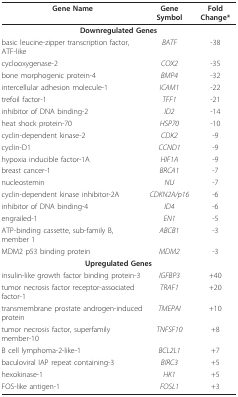
| Gene Name | Gene Symbol | Fold Change* |
 | --- | --- | --- |
 | <COLSPAN=3> Downregulated Genes |
 | basic leucine-zipper transcription factor, ATF-like | BATF | -38 |
 | cyclooxygenase-2 | COX2 | -35 |
 | bone morphogenic protein-4 | BMP4 | -32 |
 | intercellular adhesion molecule-1 | ICAM1 | -22 |
 | trefoil factor-1 | TFF1 | -21 |
 | inhibitor of DNA binding-2 | ID2 | -14 |
 | heat shock protein-70 | HSP70 | -10 |
 | cyclin-dependent kinase-2 | CDK2 | -9 |
 | cyclin-D1 | CCND1 | -9 |
 | hypoxia inducible factor-1A | HIF1A | -9 |
 | breast cancer-1 | BRCA1 | -7 |
 | nucleostemin | NU | -7 |
 | cyclin-dependent kinase inhibitor-2A | CDKN2A/p16 | -6 |
 | inhibitor of DNA binding-4 | ID4 | -6 |
 | engrailed-1 | EN1 | -5 |
 | ATP-binding cassette, sub-family B, member 1 | ABCB1 | -3 |
 | MDM2 p53 binding protein | MDM2 | -3 |
 | <COLSPAN=3> Upregulated Genes |
 | insulin-like growth factor binding protein-3 | IGFBP3 | +40 |
 | tumor necrosis factor receptor-associated factor-1 | TRAF1 | +20 |
 | transmembrane prostate androgen-induced protein | TMEPAI | +10 |
 | tumor necrosis factor, superfamily member-10 | TNFSF10 | +8 |
 | B cell lymphoma-2-like-1 | BCL2L1 | +7 |
 | baculoviral IAP repeat containing-3 | BIRC3 | +5 |
 | hexokinase-1 | HK1 | +5 |
 | FOS-like antigen-1 | FOSL1 | +3 |